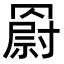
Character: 𦌍